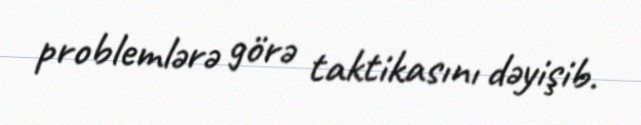
problemlərə görə taktikasını dəyişib.